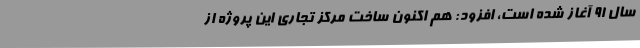
سال 91 آغاز شده است، افزود: هم اکنون ساخت مرکز تجاری این پروژه از